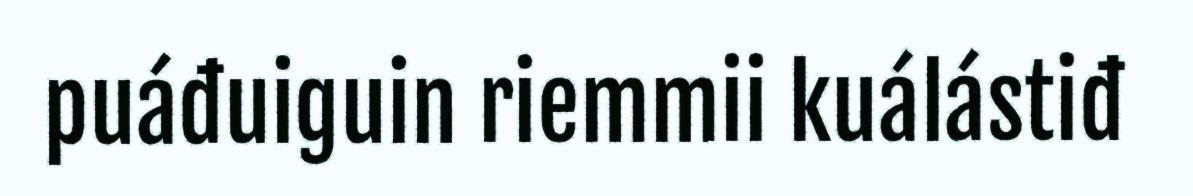
puáđuiguin riemmii kuálástiđ